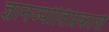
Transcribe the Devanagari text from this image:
ज्ञानज्योतिप्रकाशे